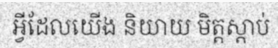
អ្វីដែលយើង និយាយ មិត្តស្តាប់